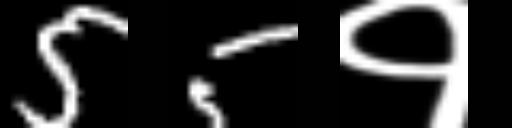
Text: 55१